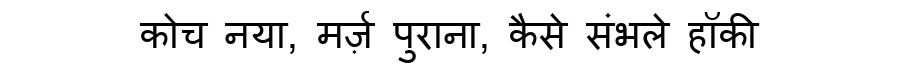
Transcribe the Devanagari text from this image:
कोच नया, मर्ज़ पुराना, कैसे संभले हॉकी